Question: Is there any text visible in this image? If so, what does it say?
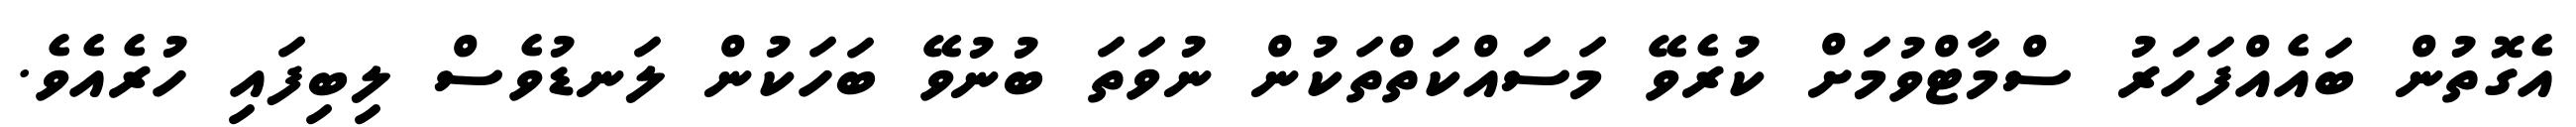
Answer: އެގޮތުން ބައެއްފަހަރު ސްމާޓްވުމަށް ކުރެވޭ މަސައްކަތްތަކުން ނުވަތަ ބުނުވޭ ބަހަކުން ލަނޑުވެސް ލިބިފައި ހުރެއެވެ.